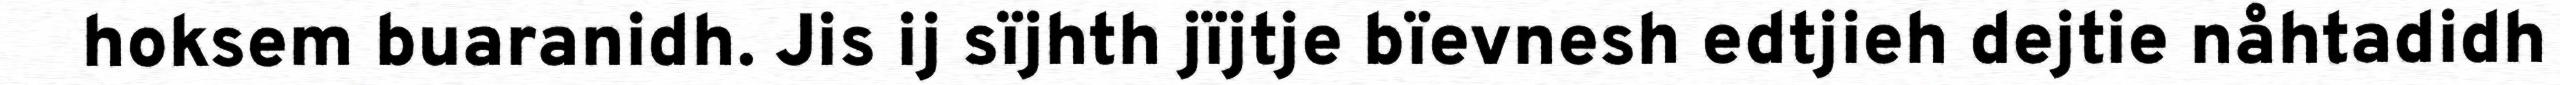
hoksem buaranidh. Jis ij sïjhth jïjtje bïevnesh edtjieh dejtie nåhtadidh